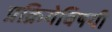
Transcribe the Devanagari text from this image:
प्रक्रियेविषयी